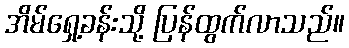
အိမ်ရှေ့ခန်းသို့ ပြန်ထွက်လာသည်။